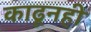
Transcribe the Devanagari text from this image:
काढूनही